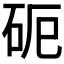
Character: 𥑉